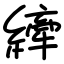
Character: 縴